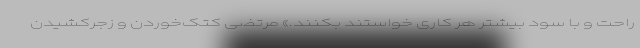
راحت و با سود بیشتر هر کاری خواستند بکنند.» مرتضی کتک‌خوردن و زجرکشیدن